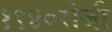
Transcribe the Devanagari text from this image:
१९४०रोजी